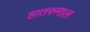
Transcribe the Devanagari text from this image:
हातरुमाल